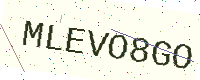
Text: MLEVO8GO